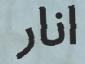
انار